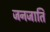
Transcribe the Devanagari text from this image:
जनजाति